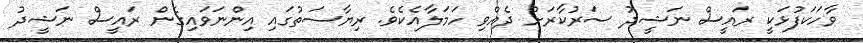
ވާހަކަފުޅަކީ ރައީސް ނަޝީދު ސަރުކާރަށް ދެއްވި ހަމަލާއެކެވެ. ރިޔާސަތުގައި އިންނަވައިގެން ރައީސް ނަޝީދު